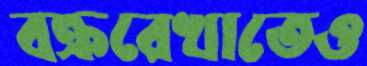
বক্ররেখাতেও